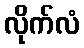
လိုက်လံ